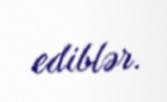
ediblər.